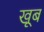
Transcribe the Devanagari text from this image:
खूब